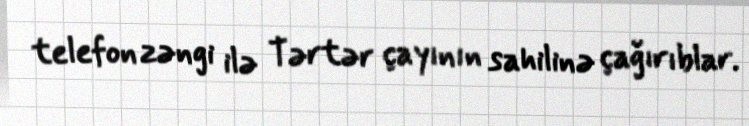
telefon zəngi ilə Tərtər çayının sahilinə çağırıblar.